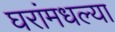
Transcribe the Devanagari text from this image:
घरांमधल्या